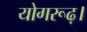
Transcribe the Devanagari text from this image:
योगरूढ़।